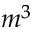
m ^ { 3 }